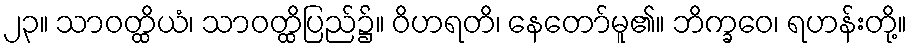
၂၃။ သာဝတ္ထိယံ၊ သာဝတ္ထိပြည်၌။ ဝိဟရတိ၊ နေတော်မူ၏။ ဘိက္ခဝေ၊ ရဟန်းတို့။